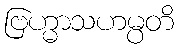
ဗြဟ္မာသဟမ္ပတိ